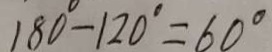
1 8 0 ^ { \circ } - 1 2 0 ^ { \circ } = 6 0 ^ { \circ }